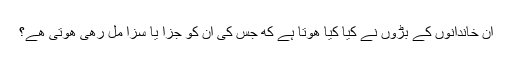
ان خاندانوں کے بڑوں نے کیا کیا هوتا ہے که جس کی ان کو جزا یا سزا مل رهی هوتی هے؟